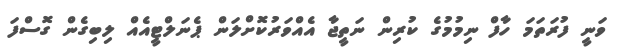
ވަނީ ފުރަތަމަ ހާފް ނިމުމުގެ ކުރިން ނަތީޖާ އެއްވަރުކޮށްލަން ޕެނަލްޓީއެއް ލިބިގެން ގޮސްފަ